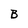
Character: B